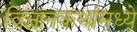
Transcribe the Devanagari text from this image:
विज्ञानकथांमध्ये